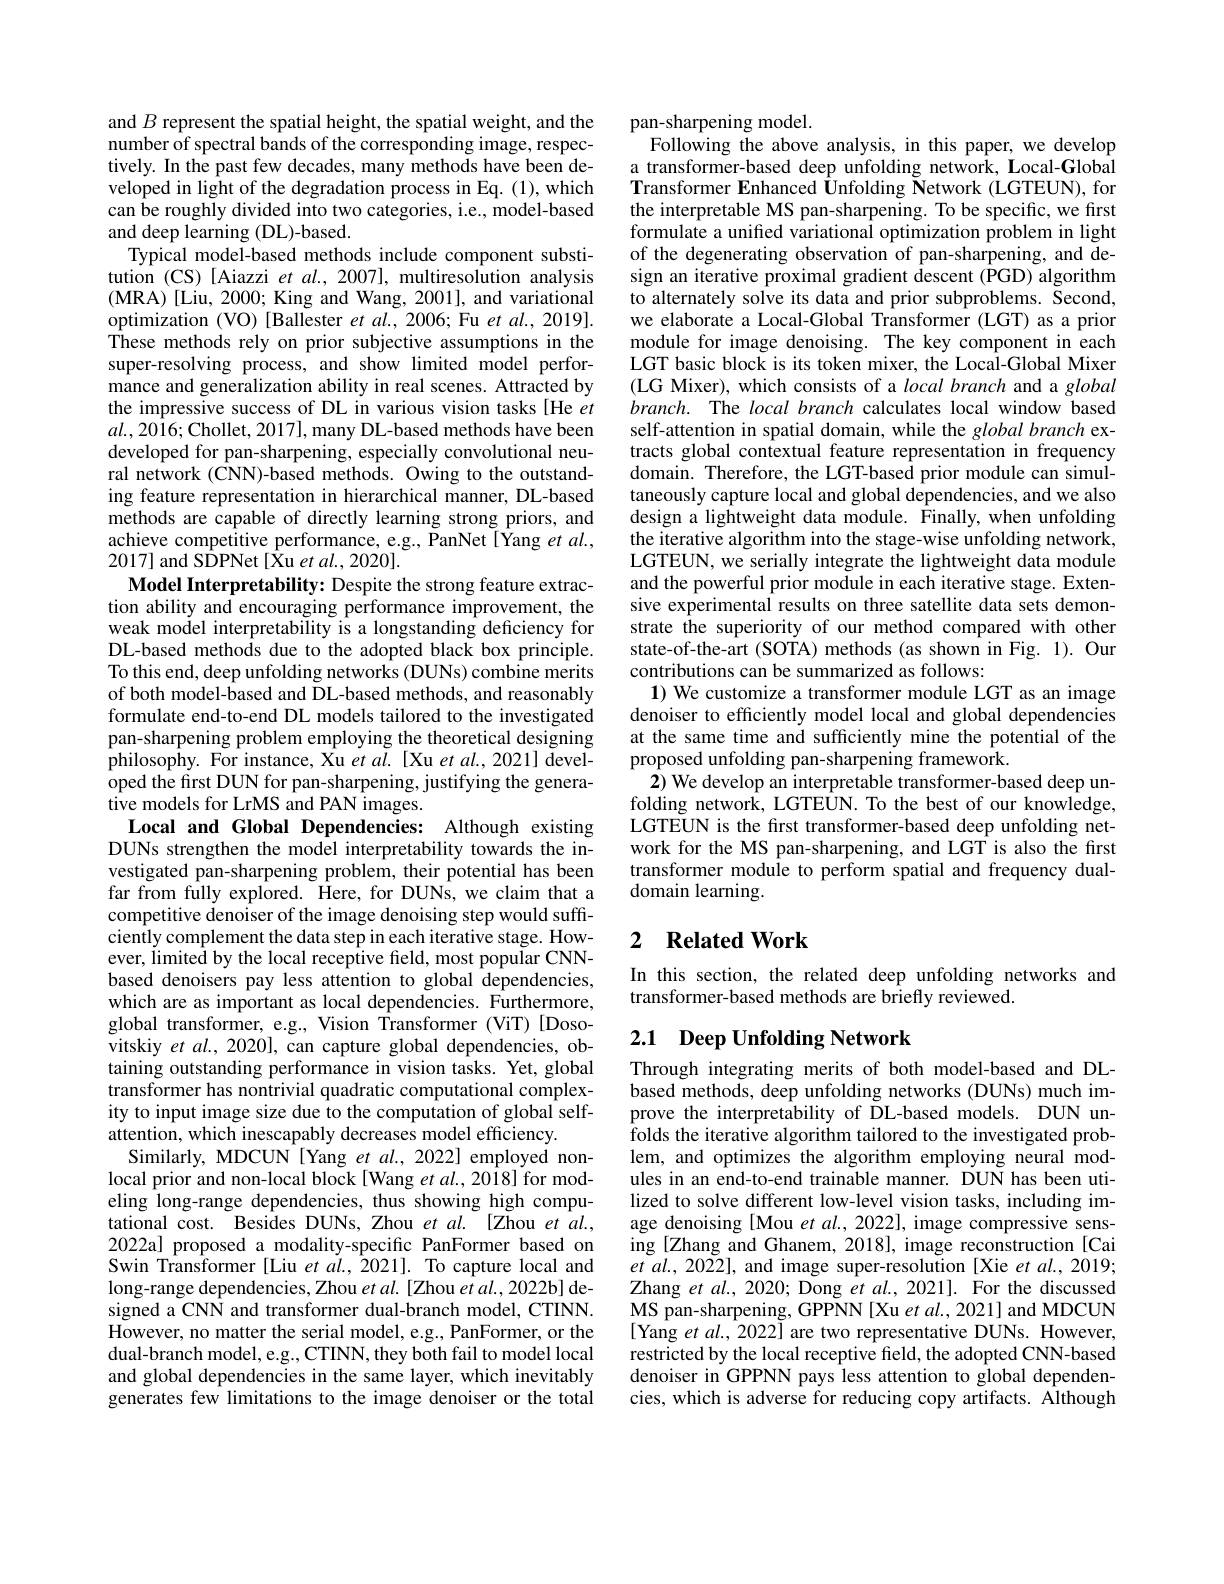
and $B$ represent the spatial height, the spatial weight, and the number of spectral bands of the corresponding image, respectively. In the past few decades, many methods have been developed in light of the degradation process in Eq. (1), which can be roughly divided into two categories, i.e., model-based and deep learning (DL)-based.
Typical model-based methods include component substitution (CS) [Aiazzi et al., 2007], multiresolution analysis (MRA)[Liu, 2000; King and Wang, 2001], and variational optimization (VO) [Ballester et al.,2006; Fu et al., 2019]. These methods rely on prior subjective assumptions in the super-resolving process, and show limited model performance and generalization ability in real scenes. Attracted by the impressive success of DL in various vision tasks [He et $al.,2016;$Chollet, 2017], many DL-based methods have been developed for pan-sharpening, especially convolutional neural network (CNN)-based methods. Owing to the outstanding feature representation in hierarchical manner, DL-based methods are capable of directly learning strong priors, and achieve competitive performance, e.g., PanNet[Yang et $al.$, 2017] and SDPNet[Xu et al., 2020].
Model Interpretability: Despite the strong feature extraction ability and encouraging performance improvement, the weak model interpretability is a longstanding deficiency for DL-based methods due to the adopted black box principle. To this end, deep unfolding networks (DUNs) combine merits of both model-based and DL-based methods, and reasonably formulate end-to-end DL models tailored to the investigated pan-sharpening problem employing the theoretical designing philosophy. For instance, Xu et al. [Xu et al., 2021] developed the first DUN for pan-sharpening, justifying the genera- $\hat{\text{tive models for LrMS and PAN images}}.$
Local and Global Dependencies: Although existing DUNs strengthen the model interpretability towards the investigated pan-sharpening problem, their potential has been far from fully explored. Here, for DUNs, we claim that a competitive denoiser of the image denoising step would sufficiently complement the data step in each iterative stage. However, limited by the local receptive field, most popular CNNbased denoisers pay less attention to global dependencies, which are as important as local dependencies. Furthermore, global transformer, e.g., Vision Transformer (ViT) [Dosovitskiy et $al.,2020]$, can capture global dependencies, obtaining outstanding performance in vision tasks. Yet, global transformer has nontrivial quadratic computational complexity to input image size due to the computation of global selfattention, which inescapably decreases model efficiency.
Similarly, MDCUN [Yang et $al.,2022]$ employed nonlocal prior and non-local block[Wang et al., 2018] for modeling long-range dependencies, thus showing high computational cost. Besides DUNs, Zhou et al. [Zhou et al., 2022a] proposed a modality-specific PanFormer based on Swin Transformer[Liu $etal.,\hat{2}021].$ To capture local and long-range dependencies, Zhou et al. [Zhou et al., 2022b] designed a CNN and transformer dual-branch model, CTINN. However, no matter the serial model, e.g., PanFormer, or the dual-branch model, e.g., CTINN, they both fail to model local and global dependencies in the same layer, which inevitably generates few limitations to the image denoiser or the total

pan-sharpening model.
Following the above analysis, in this paper, we develop a transformer-based deep unfolding network, Local-Global Transformer Enhanced Unfolding Network (LGTEUN), for the interpretable MS pan-sharpening. To be specific, we first formulate a unified variational optimization problem in light of the degenerating observation of pan-sharpening, and design an iterative proximal gradient descent (PGD) algorithm to alternately solve its data and prior subproblems. Second, we elaborate a Local-Global Transformer (LGT) as a prior module for image denoising. The key component in each LGT basic block is its token mixer, the Local-Global Mixer (LG Mixer), which consists of a $local\textit{branch and a global}$ branch. The local branch calculates local window based self-attention in spatial domain, while the global branch extracts global contextual feature representation in frequency domain. Therefore, the LGT-based prior module can simultaneously capture local and global dependencies, and we also design a lightweight data module. Finally, when unfolding the iterative algorithm into the stage-wise unfolding network, LGTEUN, we serially integrate the lightweight data module and the powerful prior module in each iterative stage. Extensive experimental results on three satellite data sets demonstrate the superiority of our method compared with other state-of-the-art (SOTA) methods (as shown in Fig. 1). Our contributions can be summarized as follows:
$\mathbf{1})$ We customize a transformer module LGT as an image denoiser to efficiently model local and global dependencies at the same time and sufficiently mine the potential of the proposed unfolding pan-sharpening framework.
2) We develop an interpretable transformer-based deep unfolding network, LGTEUN. To the best of our knowledge, LGTEUN is the frst transformer-based deep unfolding network for the MS pan-sharpening, and LGT is also the first transformer module to perform spatial and frequency dualdomain learning.

## 2 $\textbf{Related Work}$

In this section, the related deep unfolding networks and
transformer-based methods are briefly reviewed.

## 2.1 Deep Unfolding Network

Through integrating merits of both model-based and DLbased methods, deep unfolding networks (DUNs) much improve the interpretability of ÕL-based models. DUN unfolds the iterative algorithm tailored to the investigated problem, and optimizes the algorithm employing neural modules in an end-to-end trainable manner. DUN has been utilized to solve different low-level vision tasks, including image denoising [Mou et al., 2022], image compressive sensing [Zhang and Ghanem, 2018], image reconstruction [Cai $etal.,2022]$, and image super-resolution[Xie et al., 2019; Zhang $etal.,2020;$ Dong $etal.,2021].$ For the discussed MS pan-sharpening, GPPNN[Xu et al., 2021] and MDCUN [Yang et al., 2022] are two representative DUNs. However, restricted by the local receptive field, the adopted CNN-based denoiser in GPPNN pays less attention to global dependencies, which is adverse for reducing copy artifacts. Although